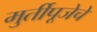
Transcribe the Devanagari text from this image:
मुर्तीपूजेचे